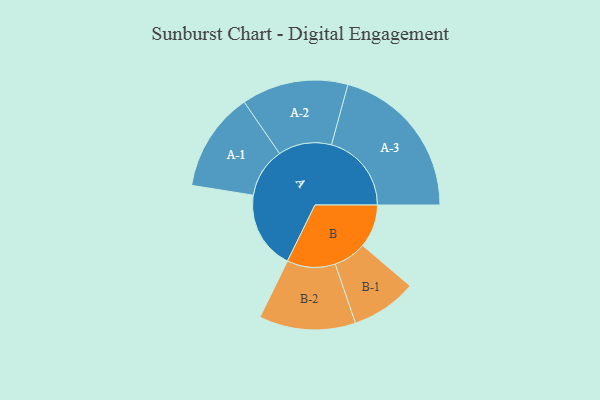
{"axis": {"x": "Segment", "y": "Value"}, "legend": ["", "A", "B"], "data": [{"x": "A", "y": 278, "type": ""}, {"x": "B", "y": 154, "type": ""}, {"x": "A-1", "y": 177, "type": "A"}, {"x": "A-2", "y": 190, "type": "A"}, {"x": "A-3", "y": 285, "type": "A"}, {"x": "B-1", "y": 117, "type": "B"}, {"x": "B-2", "y": 172, "type": "B"}]}